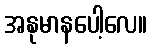
အနုမာနပေါ့လေ။